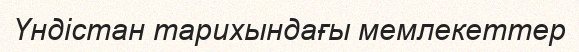
Үндістан тарихындағы мемлекеттер